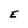
Character: E